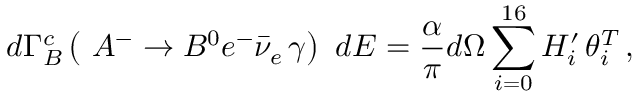
d \Gamma _ { B } ^ { c } \left( \ A ^ { - } \rightarrow B ^ { 0 } e ^ { - } \bar { \nu } _ { e } \, \gamma \right) \ d E = \frac { \alpha } { \pi } d \Omega \sum _ { i = 0 } ^ { 1 6 } H _ { i } ^ { \prime } \, \theta _ { i } ^ { T } \, ,